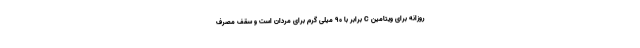
روزانه برای ویتامین C برابر با 90 میلی گرم برای مردان است و سقف مصرف